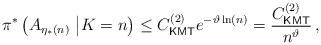
LaTeX: \begin{align*}\pi^*\left(A_{\eta_*(n)}~\big| K=n\right)\leq C^{(2)}_{\textsf{KMT}} e^{-\vartheta\ln(n)}=\frac{C^{(2)}_{\textsf{KMT}}}{n^\vartheta}\,,\end{align*}